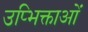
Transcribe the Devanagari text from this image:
उप्भिक्ताओं